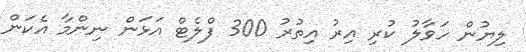
ލިޔުން ހަވާލު ކުރި އިރު އިތުރު 300 ފްލެޓް އަޅަން ނިންމާ އެކަން